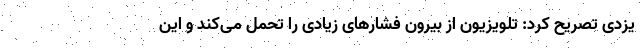
یزدی تصریح کرد: تلویزیون از بیرون فشارهای زیادی را تحمل می‌کند و این